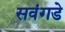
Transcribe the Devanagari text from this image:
सवंगडे